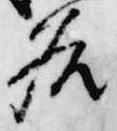
名